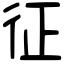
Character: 征